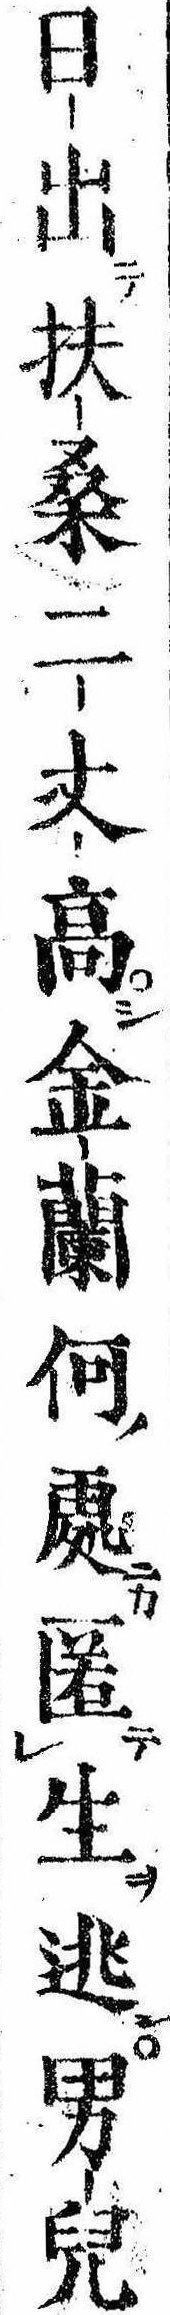
日出扶桑二丈高金蘭何処匿生逃男児